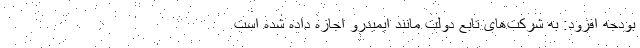
بودجه افزود: به شرکت‌های تابع دولت مانند ایمیدرو اجازه داده شده است